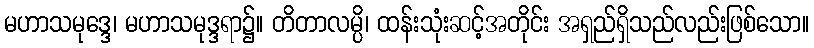
မဟာသမုဒ္ဒေ၊ မဟာသမုဒ္ဒရာ၌။ တိတာလမ္ပိ၊ ထန်းသုံးဆင့်အတိုင်း အရှည်ရှိသည်လည်းဖြစ်သော။